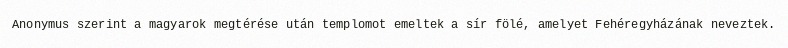
Anonymus szerint a magyarok megtérése után templomot emeltek a sír fölé, amelyet Fehéregyházának neveztek.